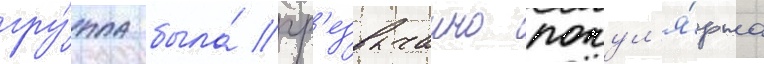
гру́ппа была́ чр'езвычаино попул'я́рна